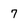
Character: 7